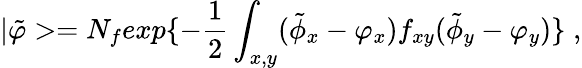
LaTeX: |\tilde{\varphi}>=N_{f}exp\{ -{\frac{1}{2}}\int_{x,y}(\tilde{\phi}_{x}-\varphi_{x})f_{xy}(\tilde{\phi}_{y}-\varphi_{y})\} \; ,